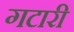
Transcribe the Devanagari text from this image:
गटारी